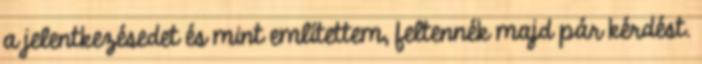
a jelentkezésedet és mint említettem, feltennék majd pár kérdést.